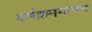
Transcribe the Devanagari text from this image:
वर्णक्रममापन